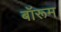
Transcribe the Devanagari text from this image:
बॉरूम